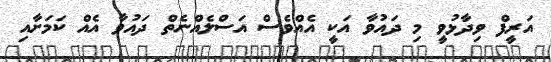
އަރީފް ވިދާޅުވީ މި ދައުވާ އަކީ އެއްވެސް އަސްލެއްނެތް ދައުވާ އެއް ކަމަށާއި